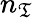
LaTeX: n_{\mathfrak{T}}